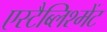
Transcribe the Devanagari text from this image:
एस्टैब्लिश्मेंट